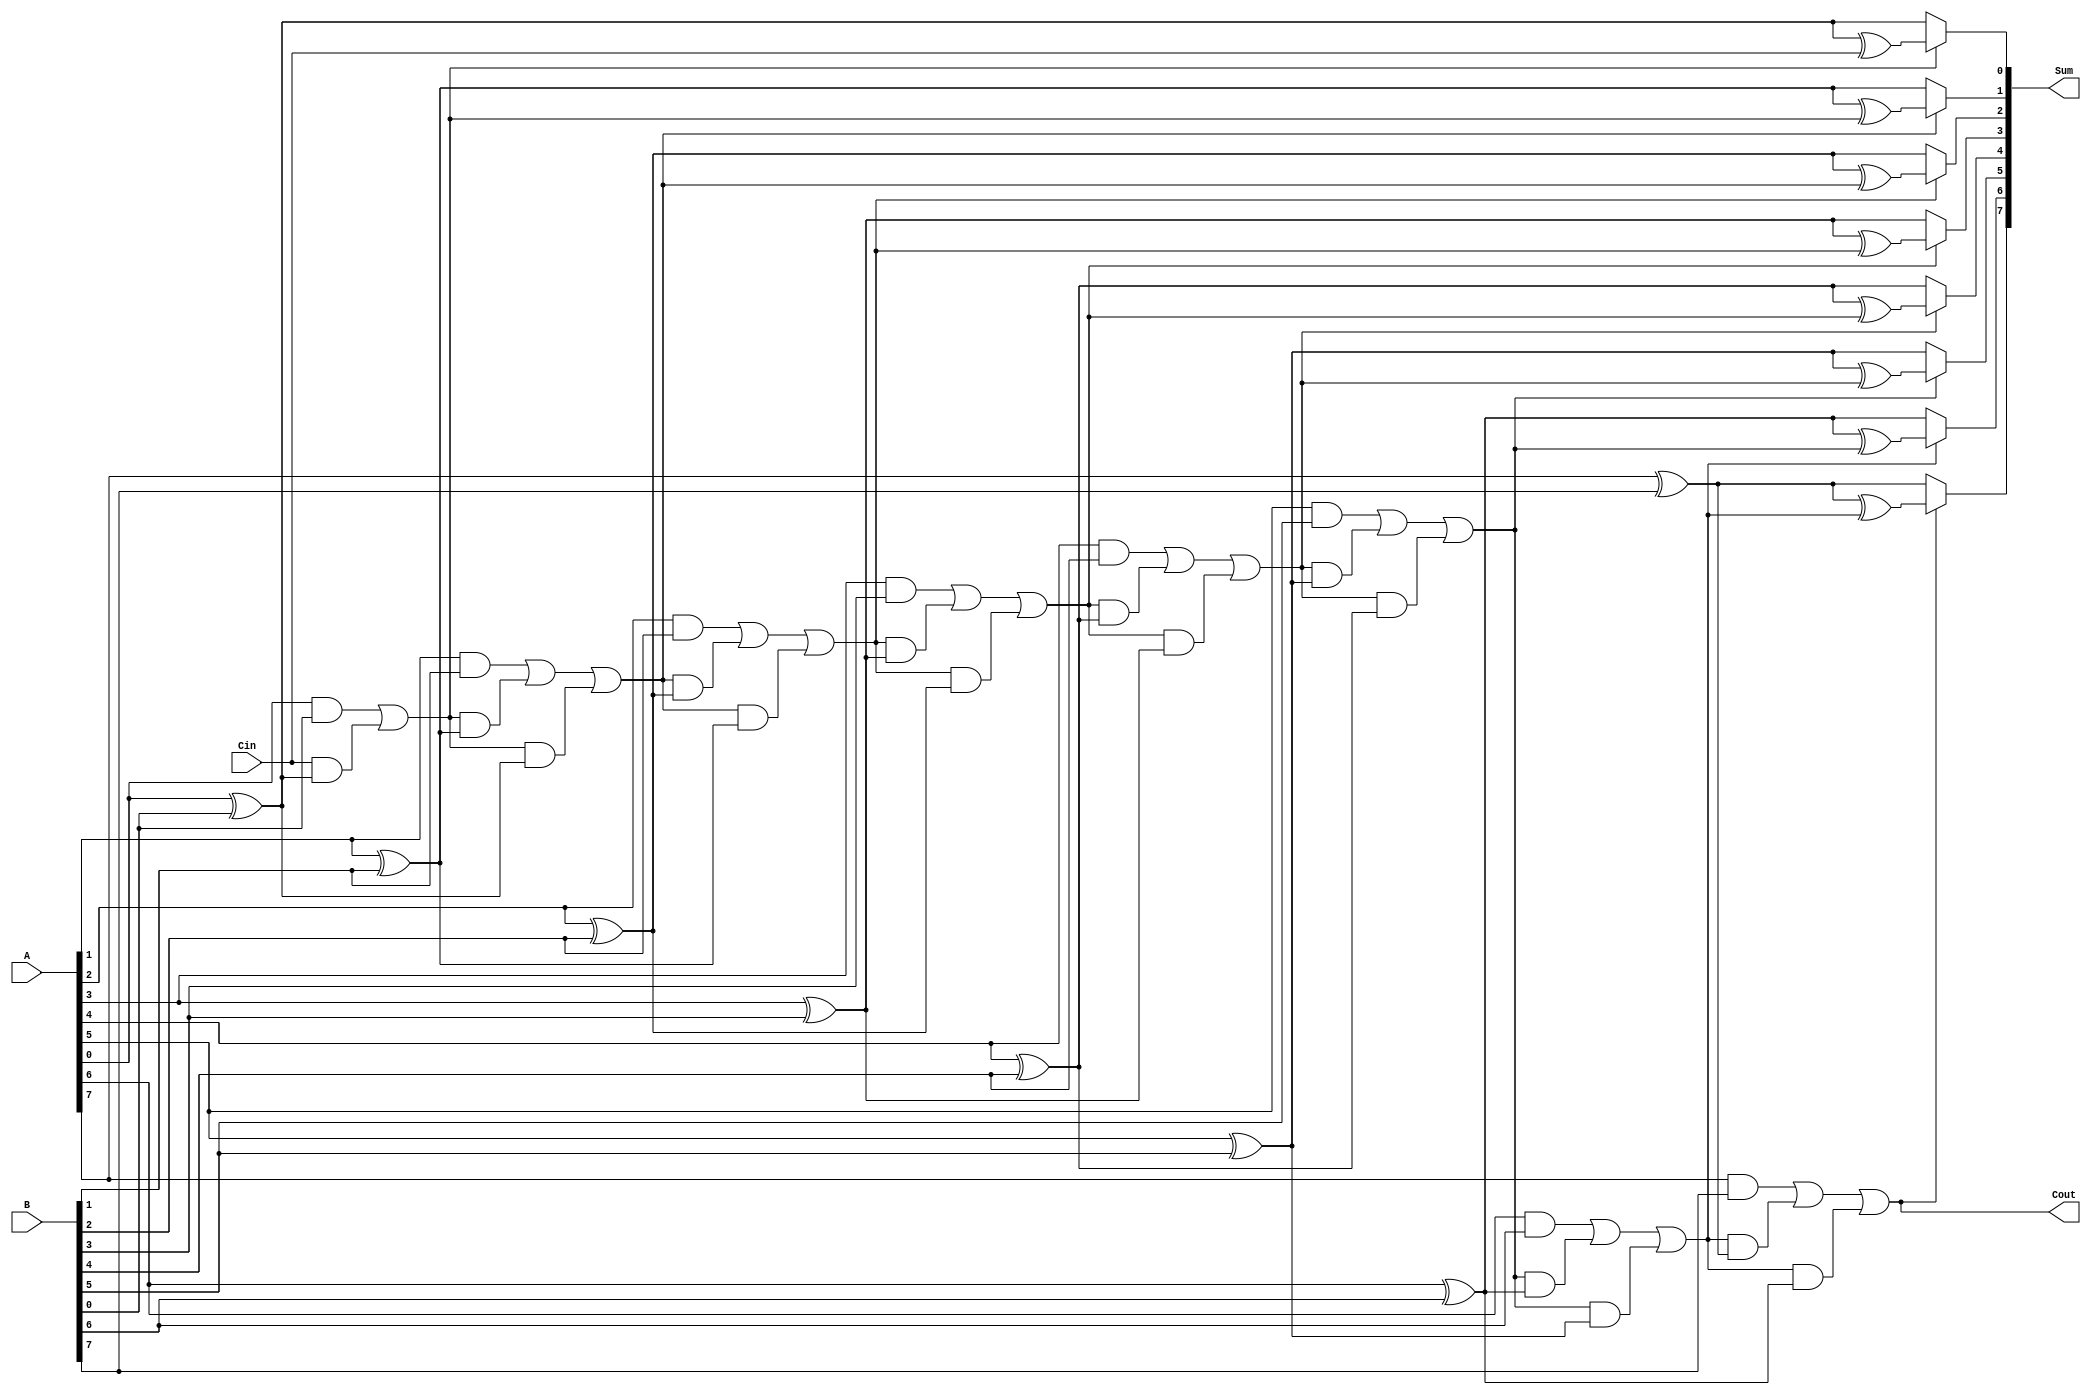
module conditional_sum_adder #(parameter N = 8) (
    input  wire [N-1:0] A,      // First n-bit input
    input  wire [N-1:0] B,      // Second n-bit input
    input  wire Cin,             // Carry-in
    output wire [N-1:0] Sum,     // n-bit sum output
    output wire Cout             // Carry-out
);

    wire [N-1:0] S0;            // Sum without carry
    wire [N-1:0] S1;            // Sum with carry
    wire [N-1:0] C1;            // Carry out for each bit
    wire [N-1:0] C;             // Conditional carry propagation

    // Generate S0, S1 and C1 for each bit
    genvar i;
    generate
        for (i = 0; i < N; i = i + 1) begin : CSA_BITS
            // Sum without carry
            assign S0[i] = A[i] ^ B[i]; // A[i] XOR B[i] (no carry)
            // Sum with carry
            assign S1[i] = A[i] ^ B[i] ^ (i == 0 ? Cin : C[i-1]); // A[i] XOR B[i] XOR carry from previous bit
            // Carry out
            assign C1[i] = (A[i] & B[i]) | ((i == 0 ? Cin : C[i-1]) & (A[i] ^ B[i])); // Carry generation
        end
    endgenerate

    // Conditional carry propagation
    generate
        for (i = 0; i < N; i = i + 1) begin : CARRY_PROPAGATION
            if (i == 0) begin
                assign C[i] = C1[i]; // First bit uses C1 directly
            end else begin
                assign C[i] = C1[i] | (C[i-1] & (A[i-1] ^ B[i-1])); // Propagate carry conditionally
            end
        end
    endgenerate

    // Final sum calculation
    generate
        for (i = 0; i < N; i = i + 1) begin : FINAL_SUM
            assign Sum[i] = C[i] ? S1[i] : S0[i]; // Select sum based on carry
        end
    endgenerate

    // Final carry-out
    assign Cout = C[N-1]; // Carry-out from the last bit

endmodule